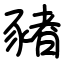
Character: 豬